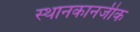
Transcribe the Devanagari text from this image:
स्थानकानजीक